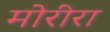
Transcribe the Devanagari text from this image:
मोरीरा